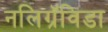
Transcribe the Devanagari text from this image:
नलिग्रॅविडा